Indian journal of veterinary science and animal husbandry - Volumes 22-23, 1952-1953
Year: 1952
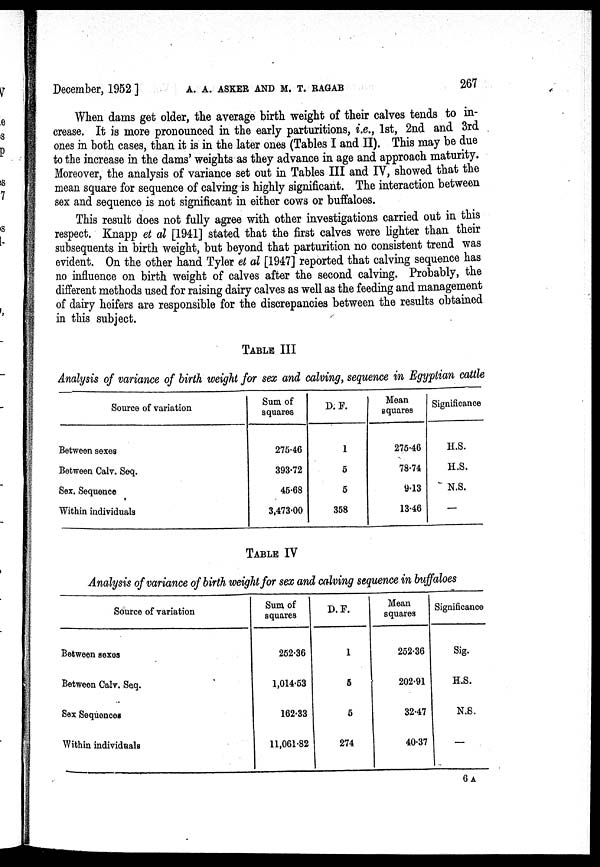
December, 1952] A. A. ASKER AND M. T. RAGAB 267
When dams get older, the average birth weight of their calves tends to in-
crease. It is more pronounced in the early parturitions, i.e., 1st, 2nd and 3rd
ones in both cases, than it is in the later ones (Tables I and II). This may be due
to the increase in the dams' weights as they advance in age and approach maturity.
Moreover, the analysis of variance set out in Tables III and IV, showed that the
mean square for sequence of calving is highly significant. The interaction between
sex and sequence is not significant in either cows or buffaloes.
This result does not fully agree with other investigations carried out in this
respect. Knapp et al [1941] stated that the first calves were lighter than their
subsequents in birth weight, but beyond that parturition no consistent trend was
evident. On the other hand Tyler et al [1947] reported that calving sequence has
no influence on birth weight of calves after the second calving. Probably, the
different methods used for raising dairy calves as well as the feeding and management
of dairy heifers are responsible for the discrepancies between the results obtained
in this subject.
TABLE III
Analysis of variance of birth weight for sex and calving, sequence in Egyptian cattle
Source of variation
Between sexes
Between Calv. Seq.
Sex. Sequence
Within individuals
Sum of
squares
275.46
393.72
45.68
3,473.00
D. F.
1
5
5
358
Mean
squares
275.46
78.74
9.13
13.46
Significance
H.S.
H.S.
N.S.
—
TABLE IV
Analysis of variance of birth weight for sex and calving sequence in buffaloes
Source of variation
Between sexes
Between Calv. Seq.
Sex Sequences
Within individuals
Sum of
squares
252.36
1,014.53
162.33
11,061.82
D. F.
1
5
5
274
Mean
squares
252.36
202.91
32.47
40.37
Significance
Sig.
H.S.
N.S.
—
6a